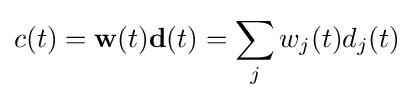
c(t)={\textbf {w}}(t){\textbf {d}}(t)=\sum _{j}w_{j}(t)d_{j}(t)